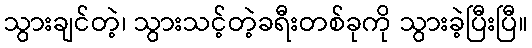
သွားချင်တဲ့၊ သွားသင့်တဲ့ခရီးတစ်ခုကို သွားခဲ့ပြီးပြီ။